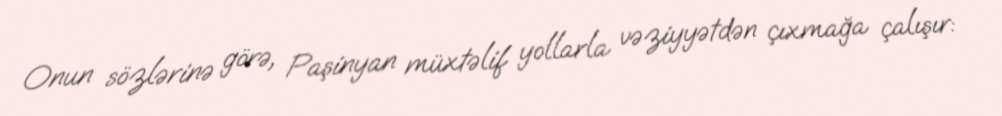
Onun sözlərinə görə, Paşinyan müxtəlif yollarla vəziyyətdən çıxmağa çalışır: